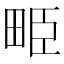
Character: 𤱥